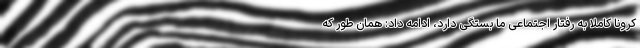
کرونا کاملا به رفتار اجتماعی ما بستگی دارد، ادامه داد: همان طور که